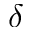
\delta